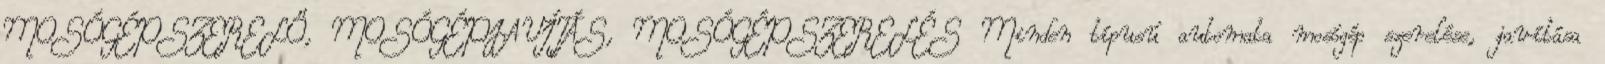
MOSÓGÉPSZERELŐ, MOSÓGÉPJAVÍTÁS, MOSÓGÉPSZERELÉS Minden típusú automata mosógép szerelése, javítása